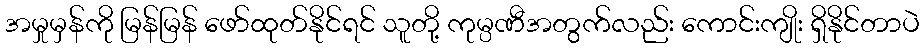
အမှုမှန်ကို မြန်မြန် ဖော်ထုတ်နိုင်ရင် သူတို့ ကုမ္ပဏီအတွက်လည်း ကောင်းကျိုး ရှိနိုင်တာပဲ